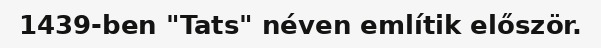
1439-ben "Tats" néven említik először.